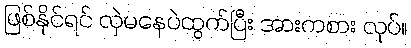
ဖြစ်နိုင်ရင် လှဲမနေပဲထွက်ပြီး အားကစား လုပ်။